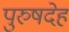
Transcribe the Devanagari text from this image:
पुरुषदेह